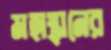
মহাস্থানের